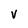
Character: v